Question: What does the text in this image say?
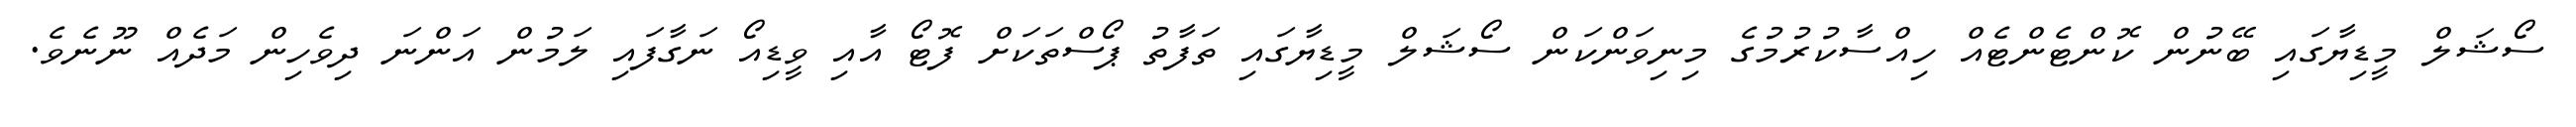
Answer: ސޯޝަލް މީޑިޔާގައި ބޭނުން ކޮންޓެންޓެއް ހިއްސާކުރުމުގެ މިނިވަންކަން ސޯޝަލް މީޑިޔާގައި ތަފާތު ޕޯސްތަކަށް ފޮޓޯ އާއި ވީޑިއޯ ނަގާފައި ލަމުން އަންނަ ދިވެހިން މަދެއް ނޫނެވެ.